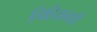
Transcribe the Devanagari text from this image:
लिहितानाही